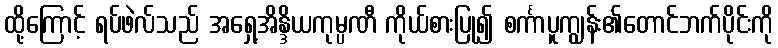
ထို့ကြောင့် ရပ်ဖဲလ်သည် အရှေ့အိန္ဒိယကုမ္ပဏီ ကိုယ်စားပြု၍ စင်္ကာပူကျွန်း၏တောင်ဘက်ပိုင်းကို